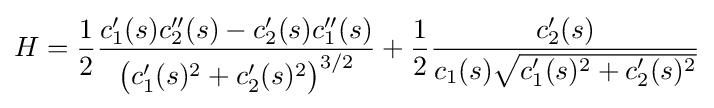
H={\frac {1}{2}}{\frac {c_{1}'(s)c_{2}''(s)-c_{2}'(s)c_{1}''(s)}{{\big (}c_{1}'(s)^{2}+c_{2}'(s)^{2}{\big )}^{3/2}}}+{\frac {1}{2}}{\frac {c_{2}'(s)}{c_{1}(s){\sqrt {c_{1}'(s)^{2}+c_{2}'(s)^{2}}}}}